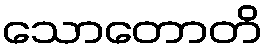
သောတောတိ